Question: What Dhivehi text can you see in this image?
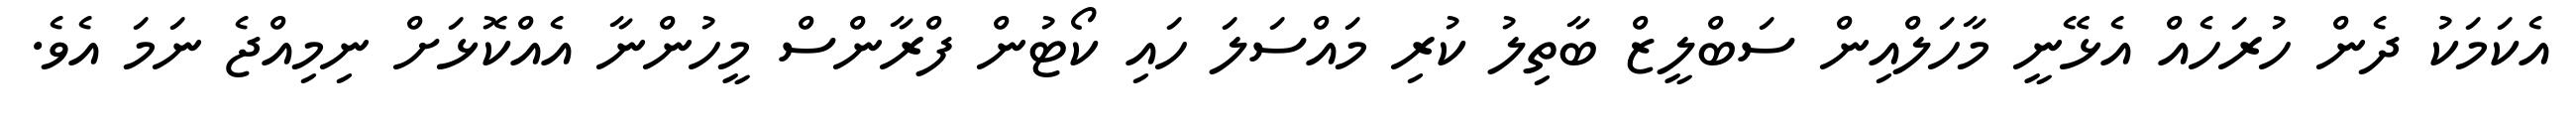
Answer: އެކަމަކު ދެން ހުރަހެއް އެޅޭނީ މާހަލްއިން ސަބްލީޒް ބާތިލު ކުރި މައްސަލަ ހައި ކޯޓުން ފްރާންސް މީހުންނާ އެއްކޮޅަށް ނިމިއްޖެ ނަމަ އެވެ.